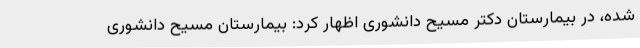
شده، در بیمارستان دکتر مسیح دانشوری اظهار کرد: بیمارستان مسیح دانشوری